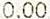
0.00